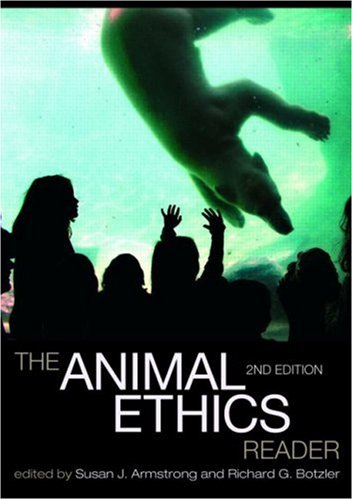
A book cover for The Animal Ethics Reader; Science & Math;